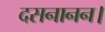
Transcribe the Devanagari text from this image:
दसनानन।